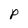
Character: P